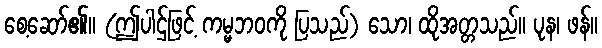
စေ့ဆော်၏။ (ဤပါဌ်ဖြင့် ကမ္မဘဝကို ပြသည်) သော၊ ထိုအတ္တသည်။ ပုန၊ ဖန်။